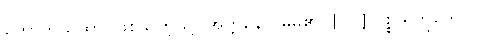
ဟောတိယထာ၊ ဖြစ်သကဲ့သို့။ အတ္တနော၊ မိမိ၏။ [၀၇] ပစ္စယဘူတေပိ၊